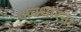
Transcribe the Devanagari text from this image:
अवधारना